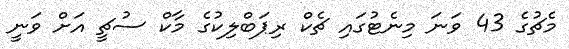
މެޗުގެ 43 ވަަނަ މިނެޓުގައި ޗެކް ރިޕަބްލިކުގެ މާކް ސުޗީ އަށް ވަނީ